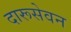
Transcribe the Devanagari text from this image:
दारूसेवन